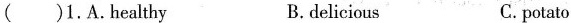
()1.A.healthy B.delicious C.potato